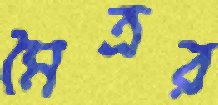
মৈত্রর